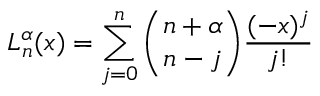
{ L _ { n } ^ { \alpha } ( x ) = \sum _ { j = 0 } ^ { n } \binom { n + \alpha } { n - j } \frac { ( - x ) ^ { j } } { j ! } }